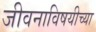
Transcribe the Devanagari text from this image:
जीवनाविषयीच्या